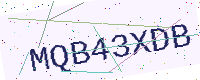
Text: MQB43XDB